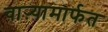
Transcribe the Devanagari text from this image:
वाऱ्यामार्फत